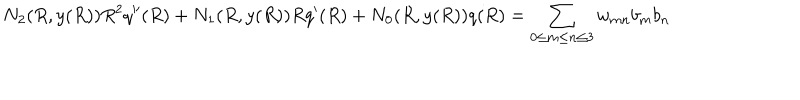
N _ { 2 } ( R , y ( R ) ) R ^ { 2 } q ^ { \prime \prime } ( R ) + N _ { 1 } ( R , y ( R ) ) R q ^ { \prime } ( R ) + N _ { 0 } ( R , y ( R ) ) q ( R ) = \sum _ { 0 \leq m \leq n \leq 3 } w _ { m n } b _ { m } b _ { n }